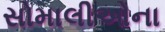
સોમાલીઓના